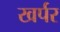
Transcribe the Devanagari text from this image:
खर्पर